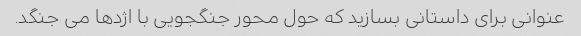
عنوانی برای داستانی بسازید که حول محور جنگجویی با اژدها می جنگد.